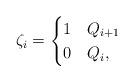
LaTeX: \begin{align*}\zeta_{i} = \begin{cases} 1 & Q_{i+1} \\ 0 & Q_{i}, \end{cases}\end{align*}